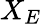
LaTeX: X_{E}